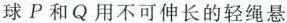
球P和Q用不可伸长的轻绳悬